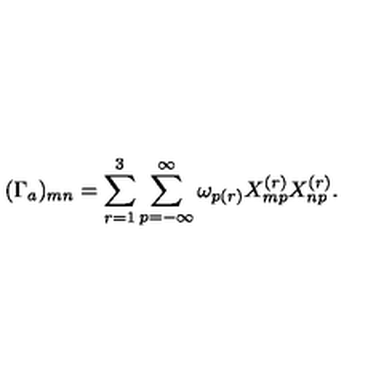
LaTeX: ( \Gamma _ { a } ) _ { m n } = \sum _ { r = 1 } ^ { 3 } \sum _ { p = - \infty } ^ { \infty } \omega _ { p ( r ) } X _ { m p } ^ { ( r ) } X _ { n p } ^ { ( r ) } .